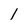
Character: 1